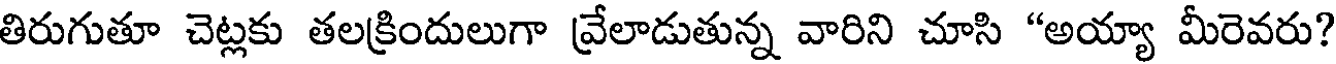
తిరుగుతూ చెట్లకు తలక్రిందులుగా వ్రేలాడుతున్న వారిని చూసి "అయ్యా మీరెవరు?